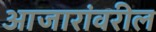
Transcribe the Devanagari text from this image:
आजारांवरील